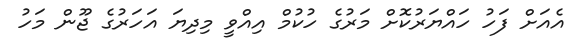
އެއަށް ފަހު ހައްޔަރުކޮށް މަރުގެ ހުކުމް އިއްވީ މިދިޔަ އަހަރުގެ ޖޫން މަހު